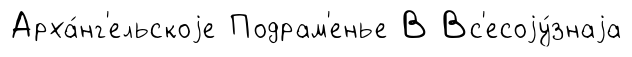
Арха́нг'ельскоjе Подрам'енье В Вс'есоjу́знаjа